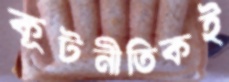
কূটনীতিকই